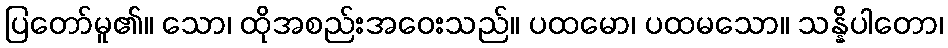
ပြတော်မူ၏။ သော၊ ထိုအစည်းအဝေးသည်။ ပထမော၊ ပထမသော။ သန္နိပါတော၊